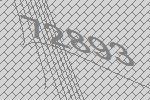
72893